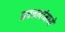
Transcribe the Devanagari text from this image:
प्रवचनांमध्ये